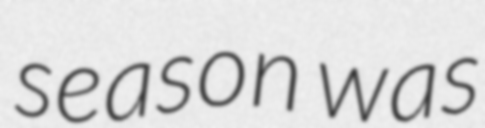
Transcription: season was